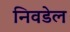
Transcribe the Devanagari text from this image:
निवडेल